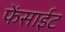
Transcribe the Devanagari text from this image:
फेंसाईट